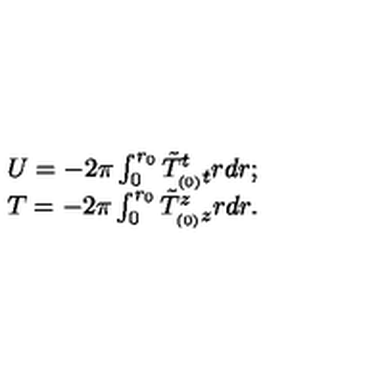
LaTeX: \begin{array} { l l } { U = - 2 \pi \int _ { 0 } ^ { r _ { 0 } } \tilde { T } _ { _ { ( 0 ) } t } ^ { t } r d r ; } \\ { T = - 2 \pi \int _ { 0 } ^ { r _ { 0 } } \tilde { T } _ { _ { ( 0 ) } z } ^ { z } r d r . } \\ \end{array}